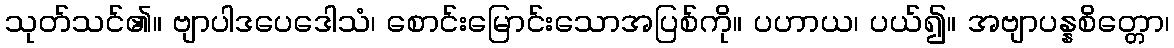
သုတ်သင်၏။ ဗျာပါဒပေဒေါသံ၊ စောင်းမြောင်းသောအပြစ်ကို။ ပဟာယ၊ ပယ်၍။ အဗျာပန္နစိတ္တော၊